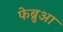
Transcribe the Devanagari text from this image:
फेब्रुआ